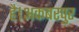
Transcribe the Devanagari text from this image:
है।अकबरपुर